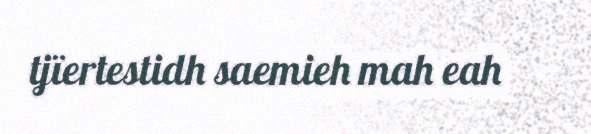
tjïertestidh saemieh mah eah